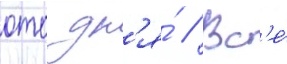
ото дн'я́ // Вс'е́